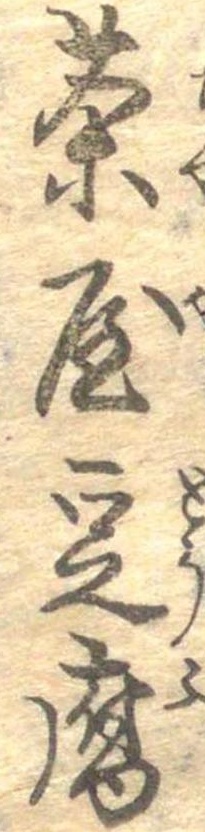
茶屋豆腐